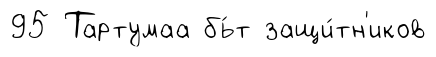
95 Тартумаа бь́т защи́тн'иков